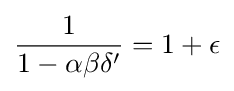
{\frac {1}{1-\alpha \beta \delta '}}=1+\epsilon